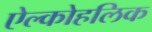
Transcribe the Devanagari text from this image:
ऐल्कोहलिक